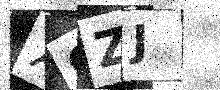
Text: X9ZJ